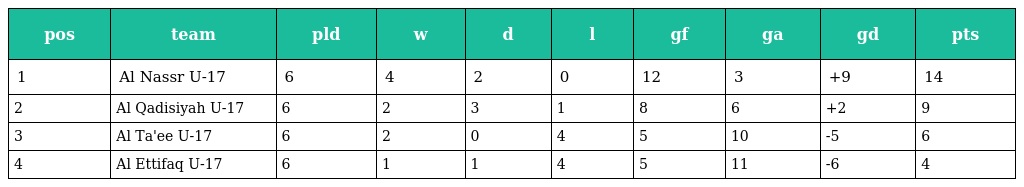
| pos | team | pld | w | d | l | gf | ga | gd | pts |
 | --- | --- | --- | --- | --- | --- | --- | --- | --- | --- |
 | 1 | Al Nassr U-17 | 6 | 4 | 2 | 0 | 12 | 3 | +9 | 14 |
 | 2 | Al Qadisiyah U-17 | 6 | 2 | 3 | 1 | 8 | 6 | +2 | 9 |
 | 3 | Al Ta'ee U-17 | 6 | 2 | 0 | 4 | 5 | 10 | -5 | 6 |
 | 4 | Al Ettifaq U-17 | 6 | 1 | 1 | 4 | 5 | 11 | -6 | 4 |